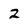
Character: 2